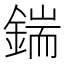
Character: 鍴